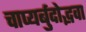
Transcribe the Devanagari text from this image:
चाप्यर्बुदोद्भवा